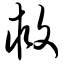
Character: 救